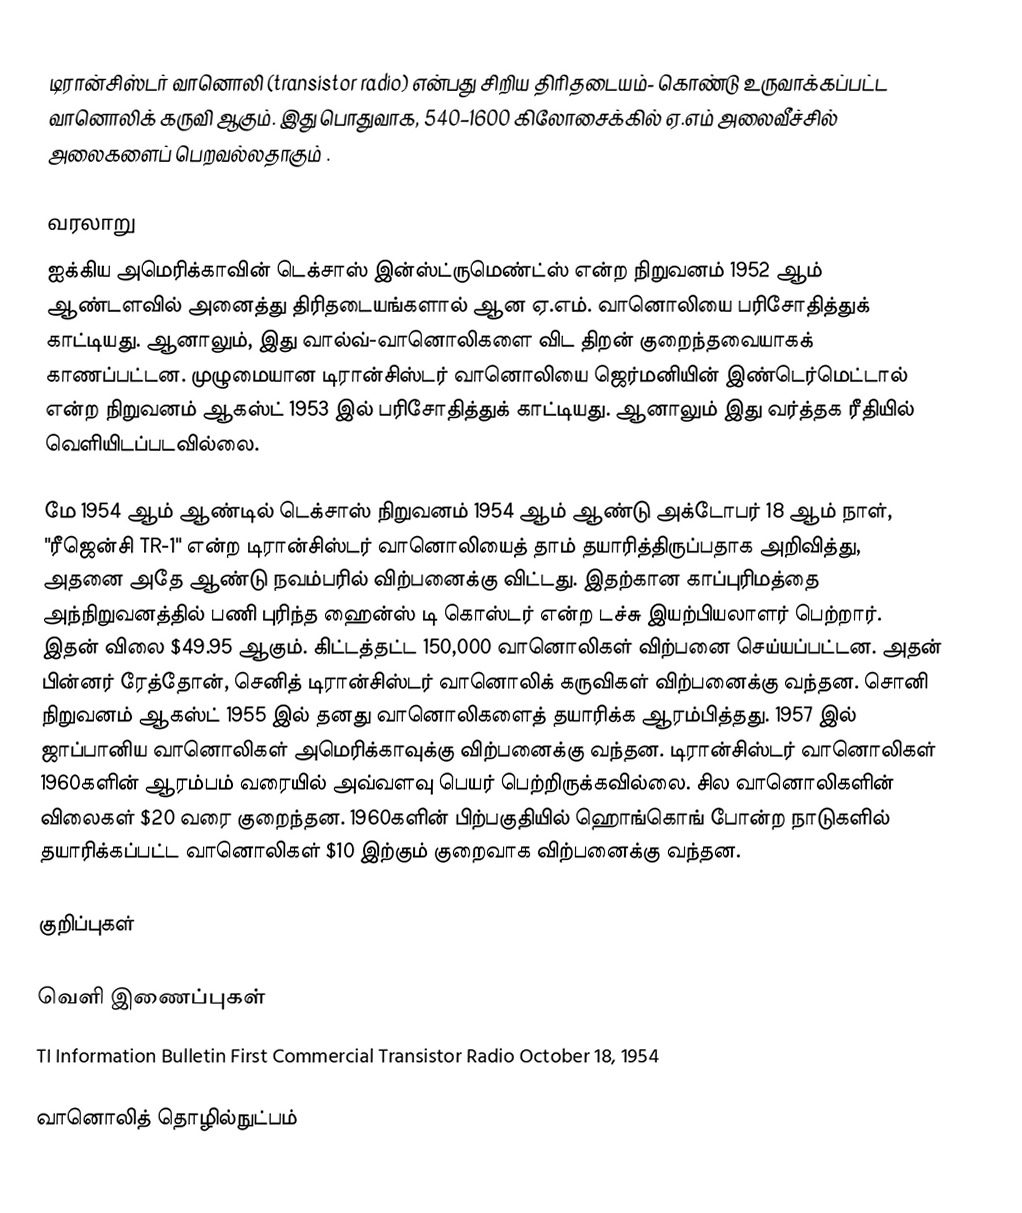
டிரான்சிஸ்டர் வானொலி (transistor radio) என்பது சிறிய திரிதடையம்- கொண்டு உருவாக்கப்பட்ட வானொலிக் கருவி ஆகும். இது பொதுவாக, 540–1600 கிலோசைக்கில் ஏ.எம் அலைவீச்சில் அலைகளைப் பெறவல்லதாகும் .

வரலாறு
ஐக்கிய அமெரிக்காவின் டெக்சாஸ் இன்ஸ்ட்ருமெண்ட்ஸ் என்ற நிறுவனம் 1952 ஆம் ஆண்டளவில் அனைத்து திரிதடையங்களால் ஆன ஏ.எம். வானொலியை பரிசோதித்துக் காட்டியது. ஆனாலும், இது வால்வ்-வானொலிகளை விட திறன் குறைந்தவையாகக் காணப்பட்டன. முழுமையான டிரான்சிஸ்டர் வானொலியை ஜெர்மனியின் இண்டெர்மெட்டால் என்ற நிறுவனம் ஆகஸ்ட் 1953 இல் பரிசோதித்துக் காட்டியது. ஆனாலும் இது வர்த்தக ரீதியில் வெளியிடப்படவில்லை.

மே 1954 ஆம் ஆண்டில் டெக்சாஸ் நிறுவனம் 1954 ஆம் ஆண்டு அக்டோபர் 18 ஆம் நாள், "ரீஜென்சி TR-1" என்ற டிரான்சிஸ்டர் வானொலியைத் தாம் தயாரித்திருப்பதாக அறிவித்து, அதனை அதே ஆண்டு நவம்பரில் விற்பனைக்கு விட்டது. இதற்கான காப்புரிமத்தை அந்நிறுவனத்தில் பணி புரிந்த ஹைன்ஸ் டி கொஸ்டர் என்ற டச்சு இயற்பியலாளர் பெற்றார். இதன் விலை $49.95 ஆகும். கிட்டத்தட்ட 150,000 வானொலிகள் விற்பனை செய்யப்பட்டன. அதன் பின்னர் ரேத்தோன், செனித் டிரான்சிஸ்டர் வானொலிக் கருவிகள் விற்பனைக்கு வந்தன. சொனி நிறுவனம் ஆகஸ்ட் 1955 இல் தனது வானொலிகளைத் தயாரிக்க ஆரம்பித்தது. 1957 இல் ஜாப்பானிய வானொலிகள் அமெரிக்காவுக்கு விற்பனைக்கு வந்தன. டிரான்சிஸ்டர் வானொலிகள் 1960களின் ஆரம்பம் வரையில் அவ்வளவு பெயர் பெற்றிருக்கவில்லை. சில வானொலிகளின் விலைகள் $20 வரை குறைந்தன. 1960களின் பிற்பகுதியில் ஹொங்கொங் போன்ற நாடுகளில் தயாரிக்கப்பட்ட வானொலிகள் $10 இற்கும் குறைவாக விற்பனைக்கு வந்தன.

குறிப்புகள்

வெளி இணைப்புகள்
 TI Information Bulletin First Commercial Transistor Radio October 18, 1954

வானொலித் தொழில்நுட்பம்